system: You are a helpful assistant.
user:
Analyze the provided spectrum to determine if it is a **"Cataclysmic Variables (CV)"**.

- **Key Indicators for CV (Check for either state):**
    - **State 1: Quiescent / Low-State (Emission-Dominated)**
        - **(Primary):** Strong and *very broad* Hydrogen Balmer emission lines (e.g., $H\alpha$ at 6563 Å, $H\beta$ at 4861 Å). The 'broadness' (high velocity dispersion, often FWHM > 1000 km/s) is the key diagnostic, indicating a high-velocity accretion disk.
        - **(Secondary):** Broad neutral Helium (He I) emission lines (e.g., 5876 Å, 6678 Å).
        - **(Key Confirmation):** Presence of high-excitation *ionized* Helium (He II) emission at 4686 Å. This is a strong indicator of accretion onto a white dwarf.
        - **(Line Profile):** Emission lines may exhibit a 'double-peaked' profile, which is a classic signature of a rotating accretion disk viewed at high inclination.

    - **State 2: Outburst / High-State (Absorption-Dominated)**
        - **(Primary):** Spectrum is dominated by a bright, blue continuum (looks like a hot star).
        - **(Secondary):** The emission lines from State 1 are weak, absent, or 'filled in', and are replaced by broad, shallow *absorption* lines (primarily Balmer and He I).
        - **(Morphology):** The overall spectrum mimics a hot B/A-type star. The crucial difference is that the absorption lines are significantly broader, shallower, and more 'washed-out' (or 'smeared') than the sharp lines of a normal stellar photosphere, due to high rotational speeds and pressure broadening in the disk.

Think first, call **spectral_visualization_tool** if needed to examine features in detail, then provide your final answer. Your response must adhere to the following strict rules:
1.  **Overall Structure:** Your response must follow the format `<think>...</think> <tool_call>...</tool_call> (if a tool is used) <answer>...</answer>`.
2.  **Tool Usage Constraint:** You may only make **one** tool call per turn.
3.  **Final Answer Format:** In the `<answer>` tag, your conclusion must be inside a `\boxed{}` command (e.g., `\boxed{YES}`), followed by your justification.

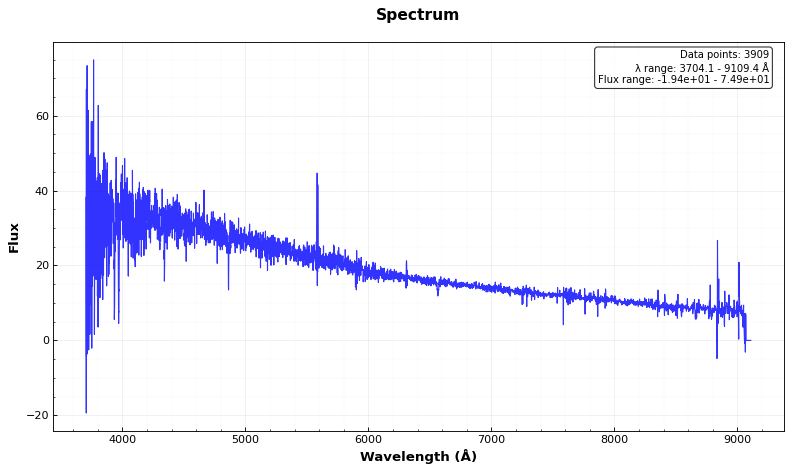
Answer: NO